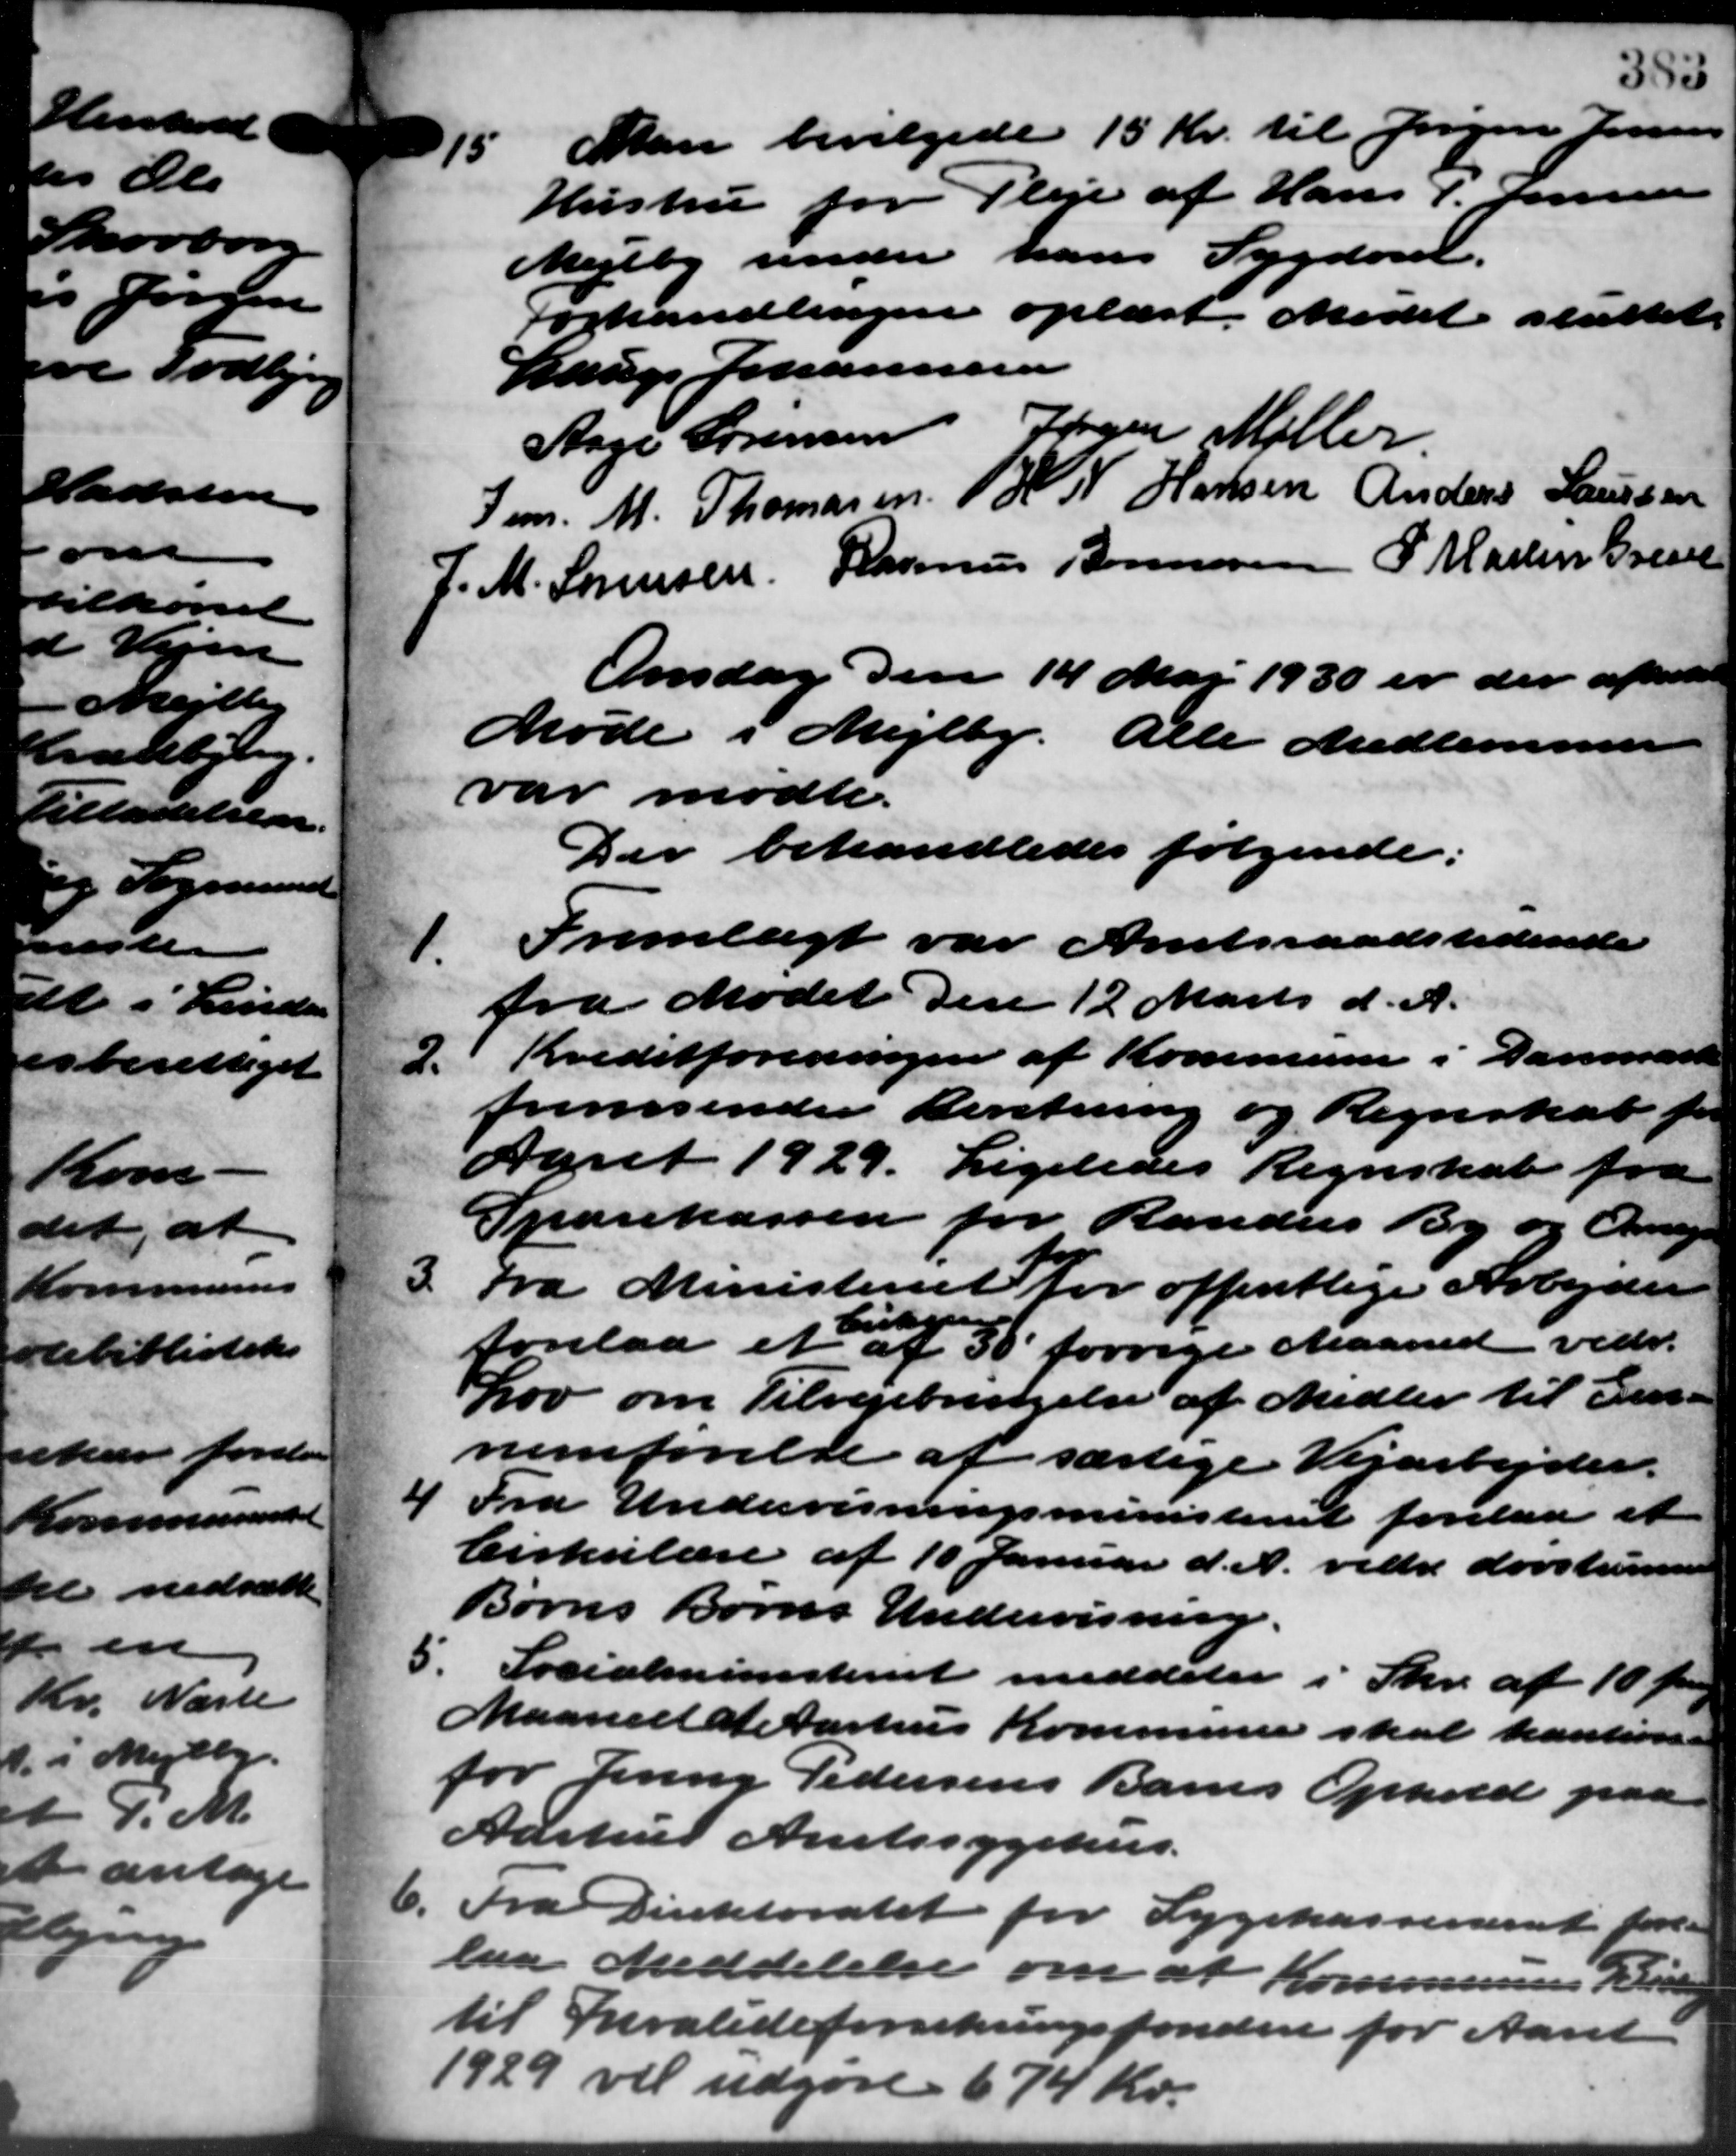
Transskription:
15. Man bevilgede 15 Kr. til Jørgen Jensen
15. Man bevilgede 15 Kr. til Jørgen Jensen
Hustru for Pleje af Hans P. Jensen
Mejlby under hans Sygdom.
Forhandlingen oplæst. Mødet sluttet.
Lauge Johannesen
Aage Sørensen Jørgen Møller
Jem. M. Thomasen  H. N. Hansen Anders Laursen
J. M. Sørensen Rasmus Bonnesen P. Martin Grevet
Onsdag den 14 Maj 1930 er der afholdt
Møde i Mejlby. Alle Medlemmer
var mødte.
Der behandledes følgende:
1.
Fremlagt var Amtsraadstidende
fra Mødet den 12 Marts d. A.
2. Kreditforeningen af Kommune i Danmark
2. Kreditforeningen af Kommune i Danmark
fremsender Beretning og Regnskab for
Aaret 1929. Ligeledes Regnskab fra
Sparekassen for Randers By og Omegn
3.
Fra Ministeriet for offentlige Arbejder
Eriksen
forelaa et af 30 forrige Maaned vedr.
Lov om Tilvejebringelse af Midler til der –
nemførelse af særlige Vejarbejder.
4 Fra Undervisningsministeriet forelaa et
4 Fra Undervisningsministeriet forelaa et
Cirkulære af 10 Januar d. A. vidre døvstummer
Børns Børns Undervisning.
5. Socialministeriet meddeler i Skr. af 10 fr
5. Socialministeriet meddeler i Skr. af 10 fr
Maaned at Aarhus Kommune skal kautione
for Jenny Pedersens Barns Ophold paa
Adstrus Amtssygehus.
6. Fra Direktoratet for Sygekassevæsent fore-
6. Fra Direktoratet for Sygekassevæsent fore-
laa Meddelelse om at Kommunens Bid
til Invalideforsikringsfonden for Aaret
1929 vil udgøre 674 Kr.